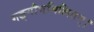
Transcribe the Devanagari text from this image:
गङ्गौघमिलितम्।